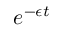
e ^ { - \epsilon t }